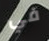
في